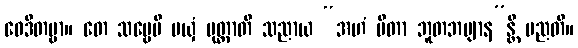
ဝေဒိတဗ္ဗာ။ တေ သဗ္ဗေပိ မယှံ ပုတ္တာတိ သညာယ “အဟံ ပိတာ ဘူတဘဗျာန”န္တိ မညတိ။